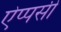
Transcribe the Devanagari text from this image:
ऐप्पसी